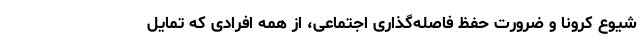
شیوع کرونا و ضرورت حفظ فاصله‌گذاری اجتماعی، از همه افرادی که تمایل